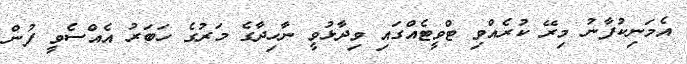
އެމަނިކުފާނު މިރޭ ކުރެއްވި ޓްވީޓެއްގައި ވިދާޅުވީ ނާހިދާގެ މަރުގެ ހަބަރު އެއްސެވީ ފުން